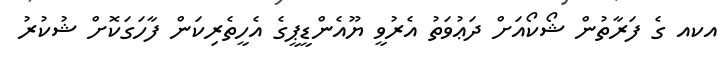
އކއ ގެ ފަރާތުން ޝޯކޯއަށް ދަޢުވަތު އެރުވީ ޔޫއެންޑީޕީގެ އެހީތެރިކަން ފާހަގަކޮށް ޝުކުރު